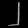
Digit: ၂